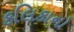
કલિકાનો